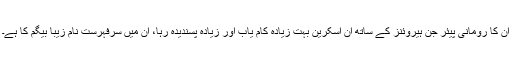
ان کا رومانی پیئر جن ہیروئنز کے ساتھ آن اسکرین بہت زیادہ کام یاب اور زیادہ پسندیدہ رہا، ان میں سرفہرست نام زیبا بیگم کا ہے۔